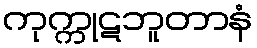
ကုက္ကုဋဘူတာနံ